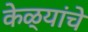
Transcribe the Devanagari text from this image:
केळ्यांचे